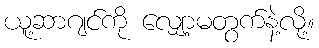
ယူ့ဆာဂျင်ကို လျှော့မတွက်နဲ့လို့။